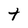
Character: t